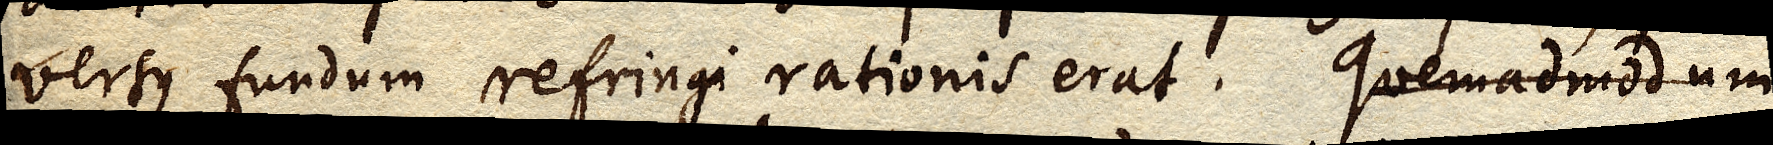
versus fundum refringi rationis erat. Quemadmodum